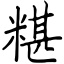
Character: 糂